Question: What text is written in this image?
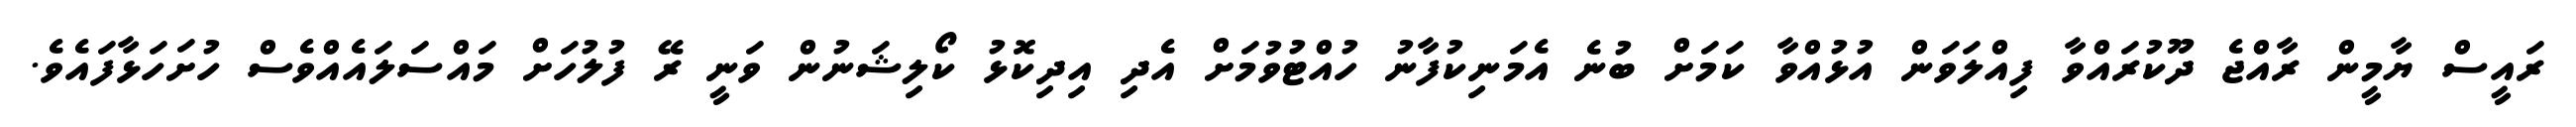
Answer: ރައީސް ޔާމީން ރާއްޖެ ދޫކުރައްވާ ފިއްލަވަން އުޅުއްވާ ކަމަށް ބުނެ އެމަނިކުފާނު ހުއްޓުވުމަށް އެދި އިދިކޮޅު ކޯލިޝަނުން ވަނީ ރޭ ފުލުހަށް މައްސަލައެއްވެސް ހުށަހަޅާފައެވެ.